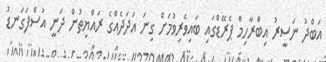
އަބްދު ނަސީރު އިބްރާހިމް ޕެރޭޑްގައި ބައިވެރިވުމަށް ގިނަ އަދަދެއްގެ ރައްޔިތުން ދަނީ އުސްފަގަނޑު